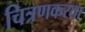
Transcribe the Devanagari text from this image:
चित्रणकरता